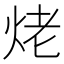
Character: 𮳥